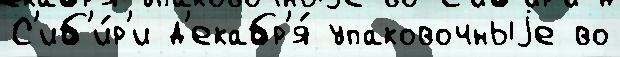
С'иб'и́р'и д'екабр'я́ упаковочныjе во